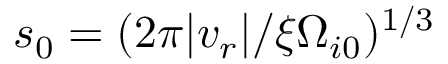
s _ { 0 } = ( 2 \pi \vert v _ { r } \vert / \xi \Omega _ { i 0 } ) ^ { 1 / 3 }